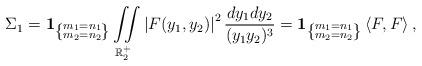
LaTeX: \begin{align*}\Sigma_1 = \textbf{1}_{\left\{ \substack{m_1 = n_1 \\ m_2 = n_2} \right\}}\iint \limits_{\mathbb{R}_2^+} \left|F(y_1,y_2)\right|^2 \frac{dy_1 dy_2}{(y_1 y_2)^3} = \textbf{1}_{\left\{ \substack{m_1 = n_1 \\ m_2 = n_2} \right\}} \left\langle F, F\right\rangle,\end{align*}